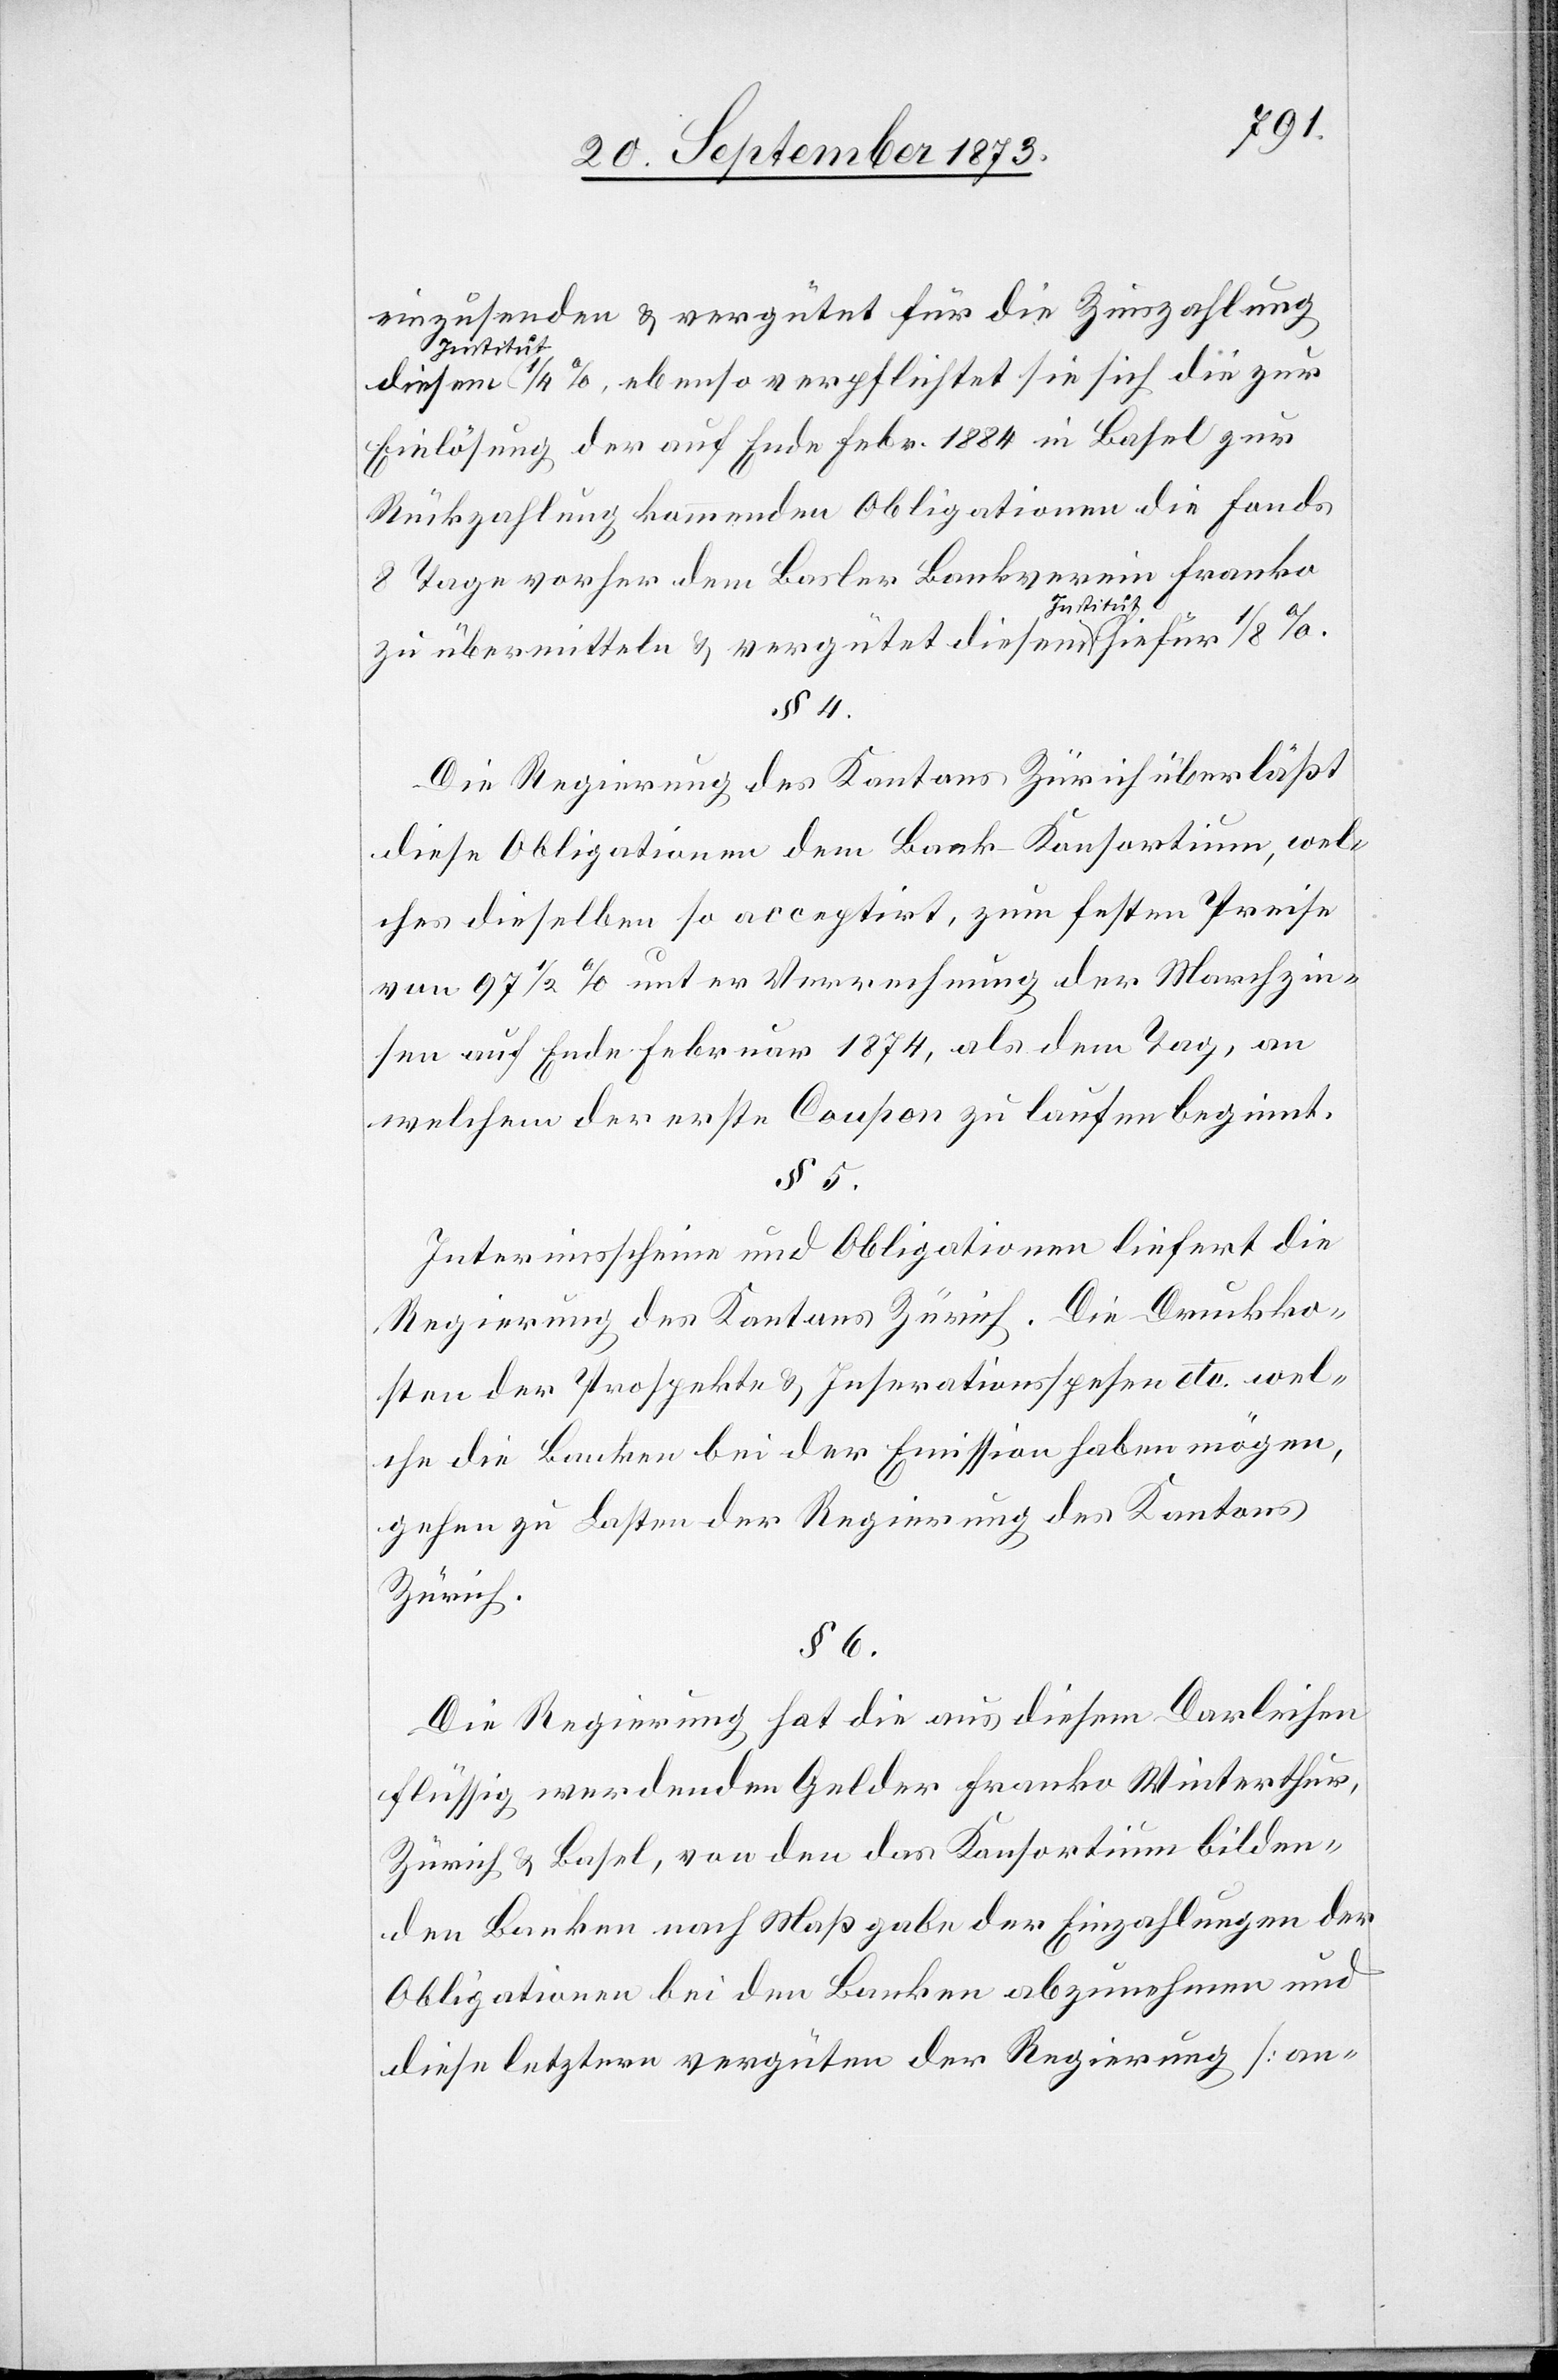
einzusenden & vergütet für die Zinszahlung
Institut
diesem Institut 1/4%, ebenso verpflichtet sie sich die zur
Einlösung der auf Ende Febr. 1884 in Basel zur
Rückzahlung kommenden Obligationen die Fonds
8 Tage vorher dem Basler Bankverein Franko
diesem
hiefür
Die Regierung des Kantons Zürich überläßt
diese Obligationen dem Bank-Konsortium, wel¬
ches dieselben so acceptirt, zum festen Preise
von 97 1/2% unter Verrechnung der Marchzin¬
sen auf Ende Februar 1874, als dem Tag, an
welchem der erste Coupon zu laufen beginnt.
§ 5.
Interimsscheine und Obligationen liefert die
Regierung des Kantons Zürich. Die Druckko¬
sten der Prospekte & Inserationsspesen etc. wel¬
che die Banken bei der Emission haben mögen,
gehen zu Lasten der Regierung des Kantons
Zürich.
§ 6.
Die Regierung hat die aus diesem Darleihen
flüssig werdenden Gelder Franko Winterthur,
Zürich & Basel, von den das Konsortium bilden¬
den Banken nach Maßgabe der Einzahlungen der
Obligationen bei den Banken abzunehmen und
diese letztern vergüten der Regierung [an-